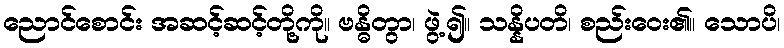
ညောင်စောင်း အဆင့်ဆင့်တို့ကို။ ဗန္ဓိတွာ၊ ဖွဲ့၍။ သန္နိပတိ၊ စည်းဝေး၏။ သောပိ၊